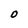
Character: O